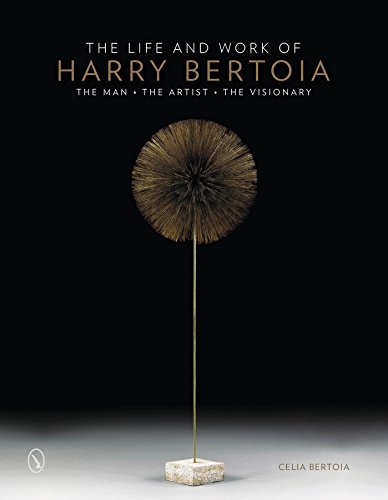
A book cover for The Life and Work of Harry Bertoia: The Man, the Artist, the Visionary; Celia Bertoia; Arts & Photography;